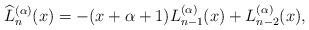
LaTeX: \begin{align*}\widehat{L}^{(\alpha)}_{n}(x)=-(x+\alpha+1)L_{n-1}^{(\alpha)}(x)+L_{n-2}^{(\alpha)}(x),\end{align*}